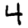
Digit: 4